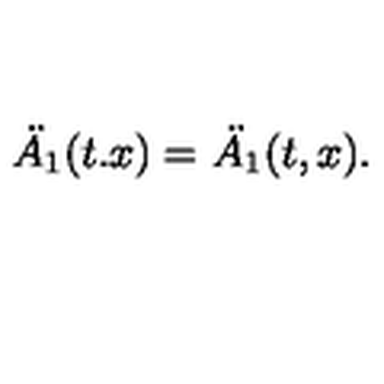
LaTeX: \ddot { A _ { 1 } } ( t . x ) = \ddot { A _ { 1 } } ( t , x ) .